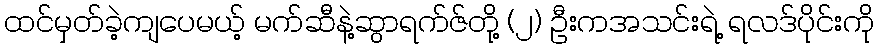
ထင်မှတ်ခဲ့ကျပေမယ့် မက်ဆီနဲ့ဆွာရက်ဇ်တို့ (၂) ဦးကအသင်းရဲ့ ရလဒ်ပိုင်းကို